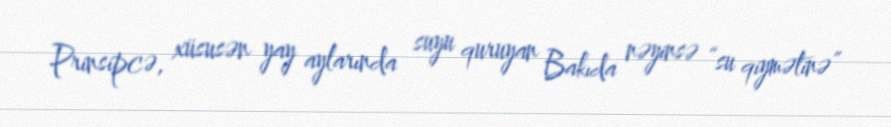
Prinsipcə, xüsusən yay aylarında suyu quruyan Bakıda nəyinsə “su qiymətinə”